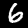
Label: 6